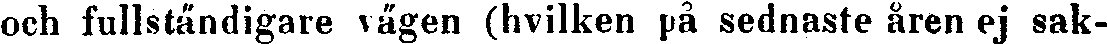
och fullständigare vägen (hvilken på sednaste åren ej sak-